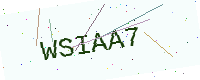
Text: WSIAA7